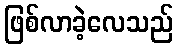
ဖြစ်လာခဲ့လေသည်